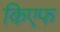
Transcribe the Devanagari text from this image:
किएफ